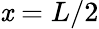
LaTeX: \mathit{x}=L/2